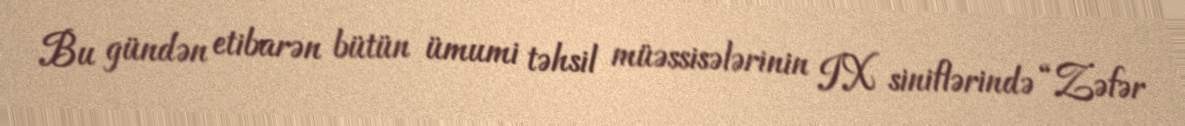
Bu gündən etibarən bütün ümumi təhsil müəssisələrinin IX siniflərində “Zəfər